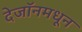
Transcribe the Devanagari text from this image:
देजॉनमधून